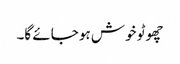
چھوٹو خوش ہو جائے گا۔